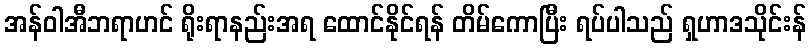
အန်ဝါအီဘရာဟင် ရိုးရာနည်းအရ ထောင်နိုင်ရန် တိမ်ကောပြီး ရပ်ပါသည် ရှဟာဒသိုင်းန်